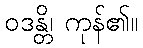
ဝဒန္တိ၊ ကုန်၏။